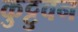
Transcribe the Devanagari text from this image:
कुट्टुवन